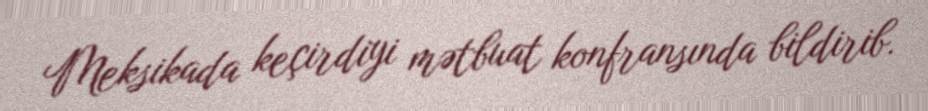
Meksikada keçirdiyi mətbuat konfransında bildirib.